Vaccination United Provinces of Agra and Oudh 1914-1922 - 1914-1922
Year: 1914
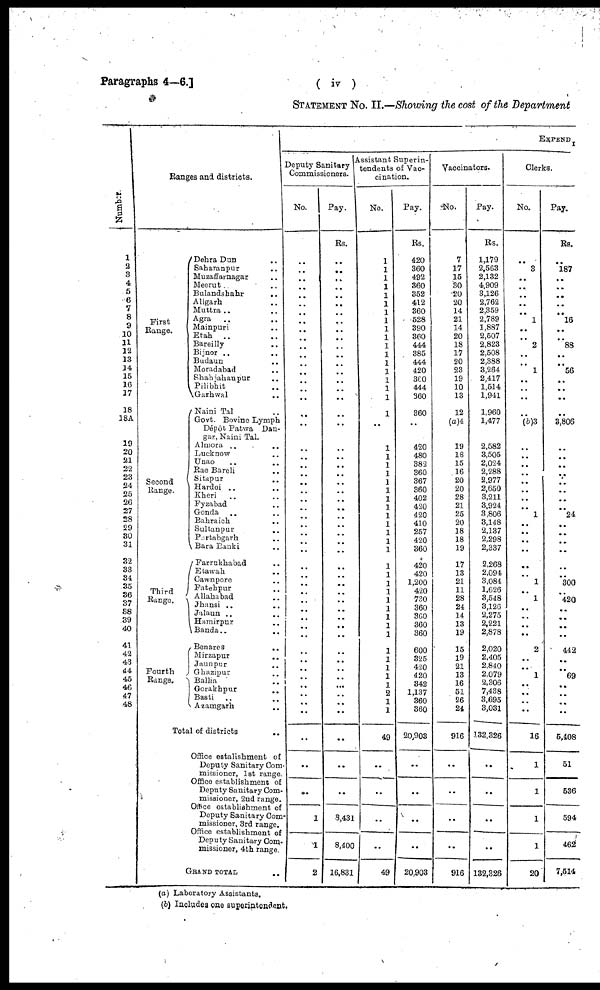
Paragraphs 4—6.]
( iv )
STATEMENT No. II.—Showing the cost of the
Department
Number.
1
2
3
4
5
6
7
8
9
10
11
12
13
14
15
16
17
18
18A
19
20
21
22
23
24
25
26
27
28
29
30
31
32
33
34
35
36
37
38
39
40
41
42
43
44
45
46
47
48
Ranges and districts.
First
Range.
Second
Range.
Third
Range.
Fourth
Range.
Dehra Dun ..
Saharanpur
.. ..
Muzaffarnagar ..
Meerut ..
Bulandshahr ..
Aligarh ..
Muttra ..
Agra ..
Mainpuri ..
Etah ..
Bareilly ..
Bijnor ..
Budaun ..
Moradabad ..
Shahjahanpur ..
Pilibhit ..
Garhwal ..
Naini Tal ..
Govt. Bovine Lymph
Dépôt Patwa Dan¬
gar, Naini Tal.
Almora .. ..
Lucknow ..
Unao ..
Rae Bareli ..
Sitapur ..
Hardoi ..
Kheri ..
Fyzabad ..
Gonda ..
Bahraich ..
Sultanpur ..
Partabgarh ..
Bara Banki ..
Farrukhabad ..
Etawah ..
Cawnpore ..
Fatehpur ..
Allahabad ..
Jhansi .. ..
Jalaun ..
Hamirpur ..
Banda .. ..
Benares ..
Mirzapur ..
Jaunpur ..
Ghazipur ..
Ballia ..
Gorakhpur ..
Basti .. ..
Azamgarh ..
Total of districts ..
Office estalishment of
Deputy Sanitary Com-
missioner, 1st range.
Office establishment of
Deputy Sanitary Com-
missioner, 2nd range.
Office establishment of
Deputy Sanitary Com-
missioner, 3rd range.
Office establishment of
Deputy Sanitary Com¬
missioner, 4th range.
GRAND TOTAL ..
EXPAND
Deputy Sanitary
Commissioners.
No.
..
..
..
..
..
..
..
..
..
..
..
..
..
..
..
..
..
..
..
..
..
..
..
..
..
..
..
..
..
..
..
..
..
..
..
..
..
..
..
..
..
..
..
..
..
..
..
..
..
..
..
..
1
1
2
Pay.
Rs.
..
..
..
..
..
..
..
..
..
..
..
..
..
..
..
..
..
..
..
..
..
..
..
..
..
..
..
..
..
..
..
..
..
..
..
..
..
..
..
..
..
..
..
..
..
..
..
..
..
..
..
..
8,431
8,400
16,831
Assistant Superin-
tendents of Vac-
cination.
No.
1
1
1
1
1
1
1
1
1
1
1
1
1
1
1
1
1
1
1
1
1
1
1
1
1
1
1
1
1
1
1
1
1
1
1
1
1
1
1
1
1
1
1
1
1
2
1
1
49
..
..
..
..
49
Pay.
Rs.
420
360
492
360
352
412
360
528
390
360
444
385
444
420
360
444
360
360
..
420
480
382
360
367
360
402
420
420
410
257
420
360
420
420
1,200
420
730
360
360
360
360
600
325
420
420
342
1,137
360
360
20,903
..
..
..
..
20,903
Vaccinators.
No.
7
17
15
30
20
20
14
21
14
20
18
17
20
23
19
10
13
12
(a)4
19
18
15
16
20
20
28
21
25
20
18
18
19
17
13
21
11
28
24
14
13
19
15
19
21
13
16
51
26
24
916
..
..
..
..
916
Pay.
Rs.
1,179
2,563
2,132
4,909
3,126
2,762
2,359
2,789
1,887
2,507
2,823
2,508
2,388
3,264
2,417
1,514
1,941
1,960
1,477
2,582
3,505
2,024
2,288
2,977
2,650
3,211
3,924
3,806
3,148
2,137
2,298
2,337
2,268
2,094
3,084
1,626
3,548
3,126
2,275
2,221
2,878
2,020
2,405
2,840
2,079
2,306
7,438
3,695
3,031
132,326
..
..
..
..
132,326
Clerks.
No.
..
3
..
..
..
..
..
1
..
..
2
..
..
1
..
..
..
..
(b)3
..
..
..
..
..
..
..
..
1
..
..
..
..
..
..
1
..
1
..
..
..
..
2
..
..
1
..
..
..
..
16
1
1
1
1
20
Pay.
Rs.
..
187
..
..
..
..
.. 16
..
88
..
..
56
..
..
..
..
3,806
..
..
..
..
..
..
..
..
24
..
..
..
..
..
..
300
..
420
..
..
..
..
442
..
..
69
..
..
..
..
5,408
51
536
594
462
7,514
(a) Laboratory Assistants.
(b) Includes one superintendent.